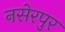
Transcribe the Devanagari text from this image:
नसेरपुर